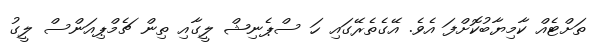
ތަށްޓެއް ކާމިޔާބުކޮށްފަ އެވެ. އޭގެތެރޭގައި ހަ ސްޕެނިޝް ލީގާއި ތިން ޗެމްޕިއަންސް ލީގު